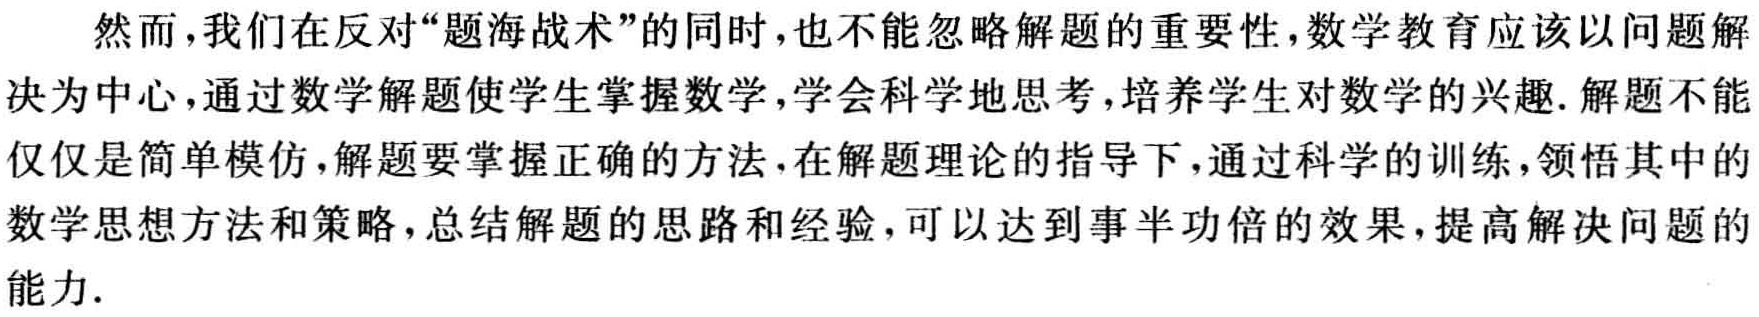
然而，我们在反对“题海战术”的同时，也不能忽略解题的重要性，数学教育应该以问题解

决为中心，通过数学解题使学生掌握数学，学会科学地思考，培养学生对数学的兴趣. 解题不能

仅仅是简单模仿，解题要掌握正确的方法，在解题理论的指导下，通过科学的训练，领悟其中的

数学思想方法和策略，总结解题的思路和经验，可以达到事半功倍的效果，提高解决问题的

能力.